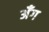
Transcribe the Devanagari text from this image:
अँग